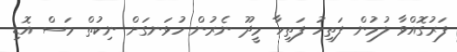
ފަރުގޮއްވާ ލުމުން ފަތިހު ފަތިހާ މީދޫ ނެރުން ހުޅަނގަށް ނިކުތް މަސް އޮޑި